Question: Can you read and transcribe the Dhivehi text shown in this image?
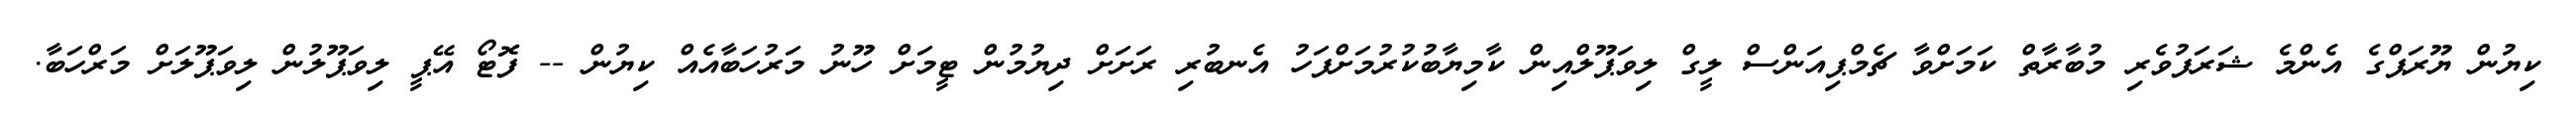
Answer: ކިޔުން ޔޫރަޕްގެ އެންމެ ޝަރަފުވެރި މުބާރާތް ކަމަށްވާ ޗެމްޕިއަންސް ލީގް ލިވަޕޫލްއިން ކާމިޔާބުކުރުމަށްފަހު އެނބުރި ރަށަށް ދިޔުމުން ޓީމަށް ހޫނު މަރުހަބާއެއް ކިޔުން -- ފޮޓޯ އޭޕީ ލިވަޕޫލުން ލިވަޕޫލަށް މަރްހަބާ.